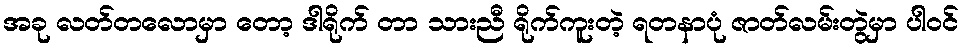
အခု လတ်တလောမှာ တော့ ဒါရိုက် တာ သားညီ ရိုက်ကူးတဲ့ ရတနာပုံ ဇာတ်လမ်းတွဲမှာ ပါဝင်